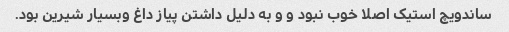
ساندویچ استیک اصلا خوب نبود و و به دلیل داشتن پیاز داغ وبسیار شیرین بود.